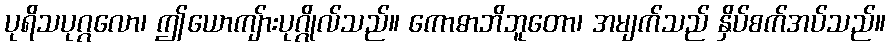
ပုရိသပုဂ္ဂလော၊ ဤယောကျ်ားပုဂ္ဂိုလ်သည်။ ကောဓာဘိဘူတော၊ အမျက်သည် နှိပ်စက်အပ်သည်။